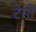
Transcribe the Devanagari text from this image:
टेरते